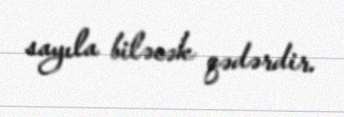
sayıla biləcək qədərdir.